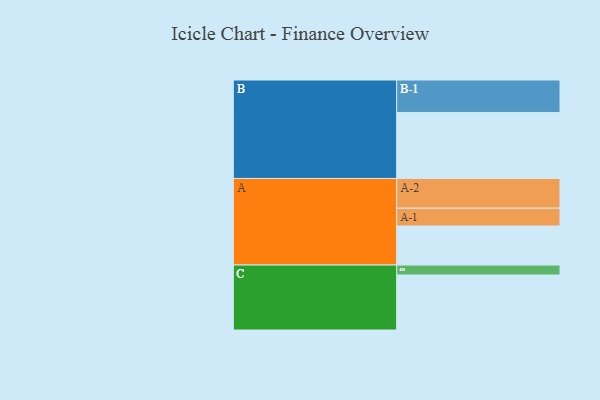
{"axis": {"x": "Segment", "y": "Value"}, "legend": ["", "A", "B", "C"], "data": [{"x": "A", "y": 338, "type": ""}, {"x": "B", "y": 571, "type": ""}, {"x": "C", "y": 476, "type": ""}, {"x": "A-1", "y": 154, "type": "A"}, {"x": "A-2", "y": 257, "type": "A"}, {"x": "B-1", "y": 281, "type": "B"}, {"x": "C-1", "y": 86, "type": "C"}]}